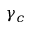
\gamma _ { c }